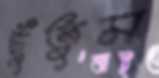
ছুঁতুম